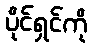
ပိုင်ရှင်ကို